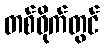
တစ်ဝိုက်တွင်